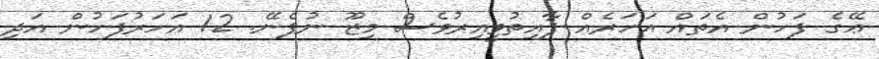
ޢޭގެ ފަހުން އެތައް އަހަރެއް ފާއިތުވީއިރުވެސް މިޒޫ ނުފެނޭ. 12 އަހަރުފަހުން އަދި